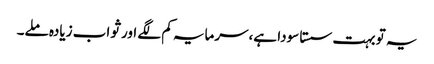
یہ تو بہت سستا سودا ہے،سرمایہ کم لگے اور ثواب زیادہ ملے۔